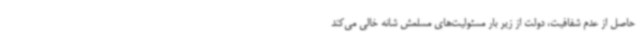
حاصل از عدم شفافیت، دولت از زیر بار مسئولیت‌های مسلمش شانه خالی می‌کند